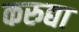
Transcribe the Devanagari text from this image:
करुद्या